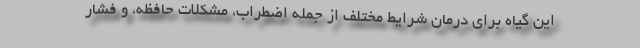
این گیاه برای درمان شرایط مختلف از جمله اضطراب، مشکلات حافظه، و فشار